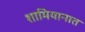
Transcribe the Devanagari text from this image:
शामियानात